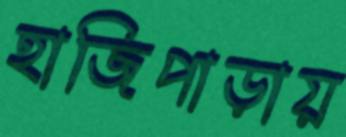
হাজিপাড়ায়